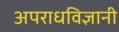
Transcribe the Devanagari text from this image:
अपराधविज्ञानी